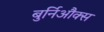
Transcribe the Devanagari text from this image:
बुर्निऔक्स